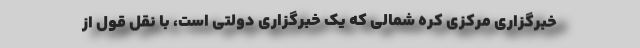
خبرگزاری مرکزی کره شمالی که یک خبرگزاری دولتی است، با نقل قول از